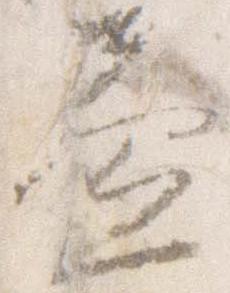
益